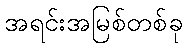
အရင်းအမြစ်တစ်ခု